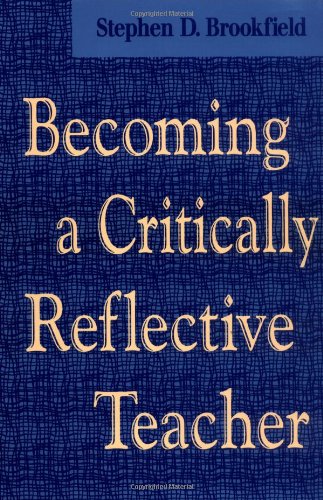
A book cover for Becoming a Critically Reflective Teacher; Stephen D. Brookfield; Education & Teaching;